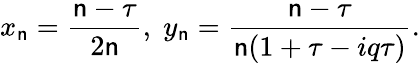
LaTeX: x_{\mathsf{n}}=\frac{{\mathsf{n}-\tau}}{{2\mathsf{n}}},\; y_{\mathsf{n}}=\frac{{\mathsf{n}-\tau}}{{\mathsf{n}(1+\tau-iq\tau)}}.